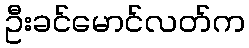
ဦးခင်မောင်လတ်က